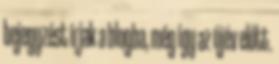
bejegyzést írjak a blogba, még így az újév előtt.